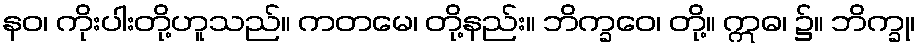
နဝ၊ ကိုးပါးတို့ဟူသည်။ ကတမေ၊ တို့နည်း။ ဘိက္ခဝေ၊ တို့။ ဣဓ၊ ၌။ ဘိက္ခု၊